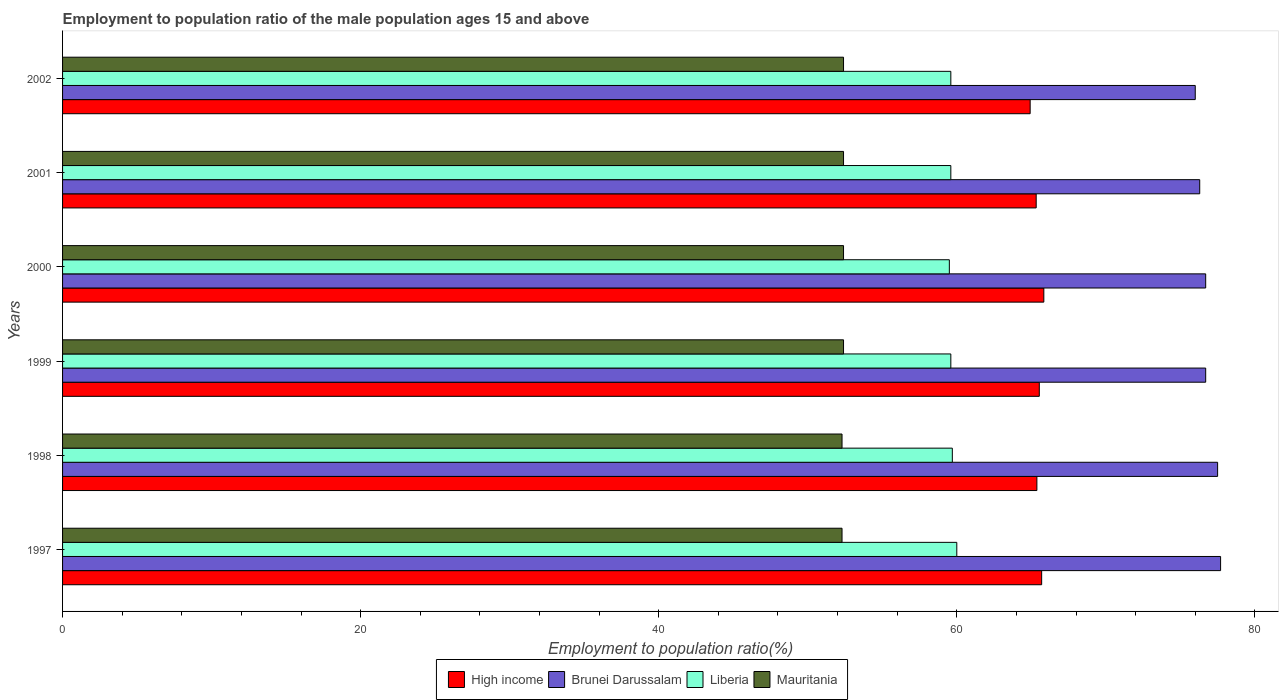
| Years | High income | Brunei Darussalam | Liberia | Mauritania |
 | --- | --- | --- | --- | --- |
 | 1997 | 65.7 | 77.7 | 60 | 52.3 |
 | 1998 | 65.4 | 77.5 | 59.7 | 52.3 |
 | 1999 | 65.5 | 76.7 | 59.6 | 52.4 |
 | 2000 | 65.8 | 76.7 | 59.5 | 52.4 |
 | 2001 | 65.3 | 76.3 | 59.6 | 52.4 |
 | 2002 | 64.9 | 76 | 59.6 | 52.4 |